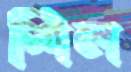
শিল